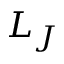
L _ { J }